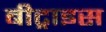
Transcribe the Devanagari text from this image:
बीट्राइस